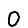
Digit: 0